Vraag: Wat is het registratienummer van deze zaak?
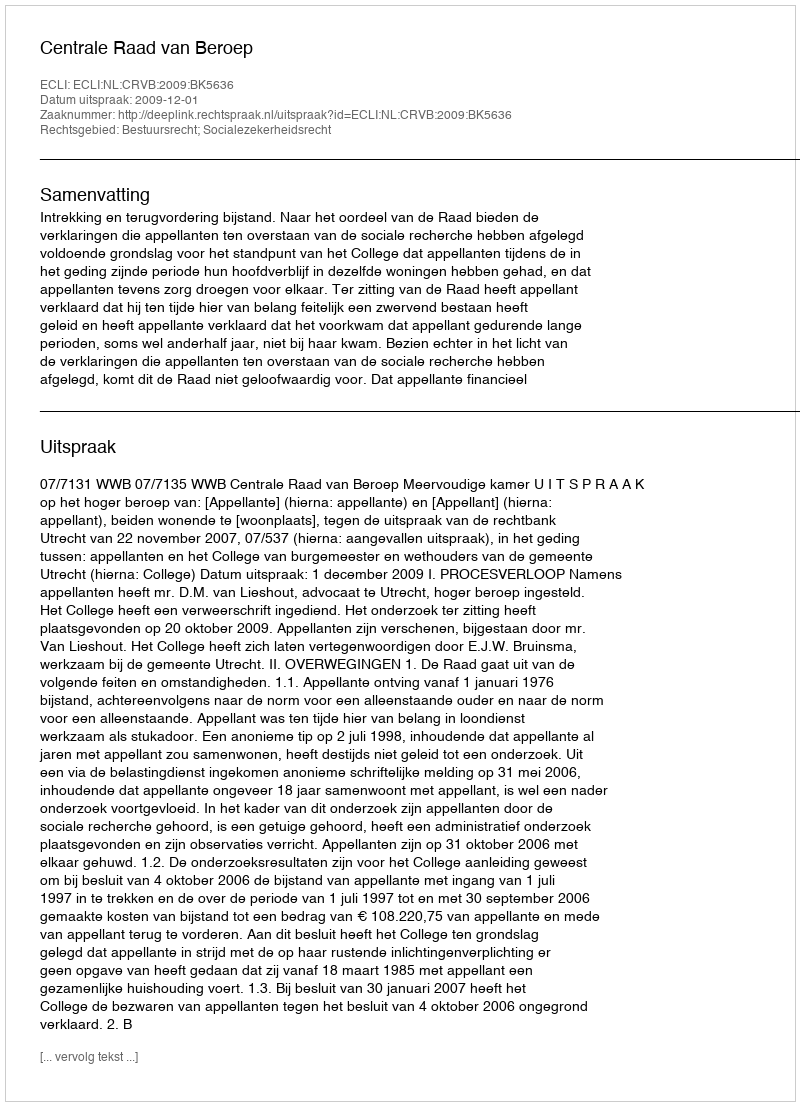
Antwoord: http://deeplink.rechtspraak.nl/uitspraak?id=ECLI:NL:CRVB:2009:BK5636